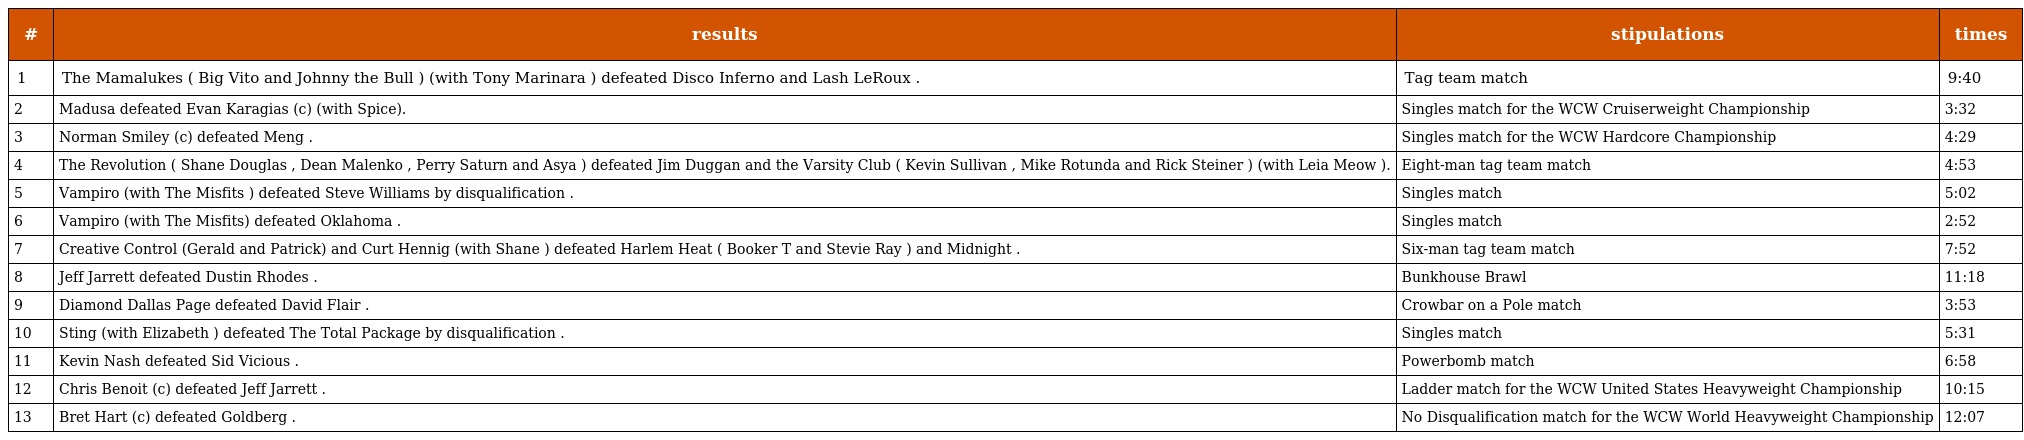
| # | results | stipulations | times |
 | --- | --- | --- | --- |
 | 1 | The Mamalukes ( Big Vito and Johnny the Bull ) (with Tony Marinara ) defeated Disco Inferno and Lash LeRoux . | Tag team match | 9:40 |
 | 2 | Madusa defeated Evan Karagias (c) (with Spice). | Singles match for the WCW Cruiserweight Championship | 3:32 |
 | 3 | Norman Smiley (c) defeated Meng . | Singles match for the WCW Hardcore Championship | 4:29 |
 | 4 | The Revolution ( Shane Douglas , Dean Malenko , Perry Saturn and Asya ) defeated Jim Duggan and the Varsity Club ( Kevin Sullivan , Mike Rotunda and Rick Steiner ) (with Leia Meow ). | Eight-man tag team match | 4:53 |
 | 5 | Vampiro (with The Misfits ) defeated Steve Williams by disqualification . | Singles match | 5:02 |
 | 6 | Vampiro (with The Misfits) defeated Oklahoma . | Singles match | 2:52 |
 | 7 | Creative Control (Gerald and Patrick) and Curt Hennig (with Shane ) defeated Harlem Heat ( Booker T and Stevie Ray ) and Midnight . | Six-man tag team match | 7:52 |
 | 8 | Jeff Jarrett defeated Dustin Rhodes . | Bunkhouse Brawl | 11:18 |
 | 9 | Diamond Dallas Page defeated David Flair . | Crowbar on a Pole match | 3:53 |
 | 10 | Sting (with Elizabeth ) defeated The Total Package by disqualification . | Singles match | 5:31 |
 | 11 | Kevin Nash defeated Sid Vicious . | Powerbomb match | 6:58 |
 | 12 | Chris Benoit (c) defeated Jeff Jarrett . | Ladder match for the WCW United States Heavyweight Championship | 10:15 |
 | 13 | Bret Hart (c) defeated Goldberg . | No Disqualification match for the WCW World Heavyweight Championship | 12:07 |